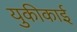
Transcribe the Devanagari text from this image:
युकीकाई